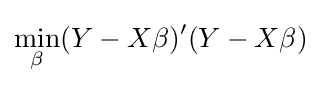
\min _{\beta }(Y-X\beta )'(Y-X\beta )